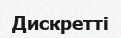
Дискретті